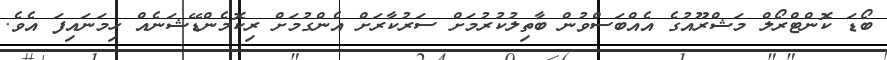
ބޯޑަ ކޮންޓްރޯލް މަޝްރޫއުގެ އެއްބަސްވުން ބާތިލުކުރުމަށް ސަރުކާރަށް އެންގުމަށް ރިކޮމެންޑޭޝަނެއް ހިމަނައިފަ އެވެ.